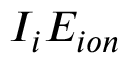
I _ { i } E _ { i o n }